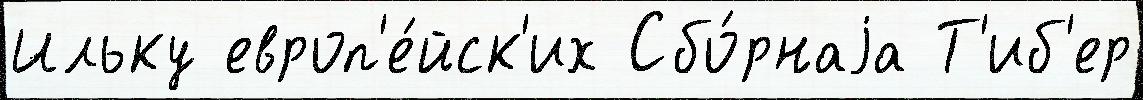
Ильку европ'е́йск'их Сбо́рнаjа Т'иб'ер